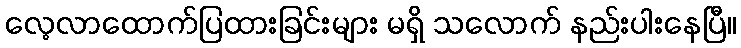
လေ့လာထောက်ပြထားခြင်းများ မရှိ သလောက် နည်းပါးနေပြီ။